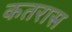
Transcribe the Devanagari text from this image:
कतरास